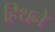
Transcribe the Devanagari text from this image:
हिथने